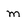
Character: m